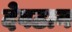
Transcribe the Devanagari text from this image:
देवठान